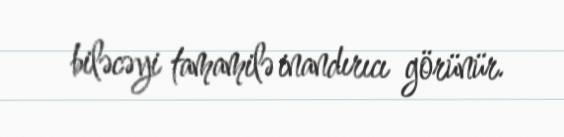
biləcəyi tamamilə inandırıcı görünür.